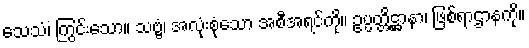
သေသံ၊ ကြွင်းသော။ သဗ္ဗံ၊ အလုံးစုံသော အစီအရင်ကို။ ဥပ္ပတ္တိဋ္ဌာနာ၊ ဖြစ်ရာဌာနကို။